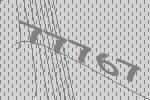
77767